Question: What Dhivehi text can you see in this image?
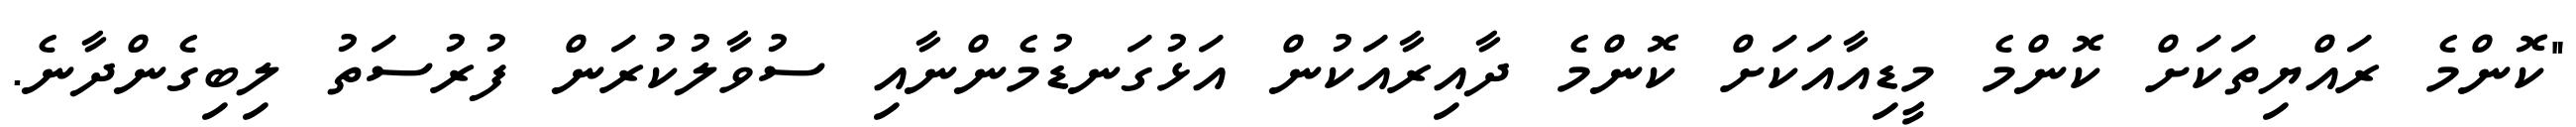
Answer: "ކޮންމެ ރައްޔިތަކަށް ކޮންމެ މީޑިއާއަކަށް ކޮންމެ ދާއިރާއަކުން އަޅުގަނޑުމެންނާއި ސުވާލުކުރަން ފުރުސަތު ލިބިގެންދާނެ.